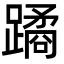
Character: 蹫